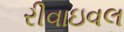
રીવાઇવલ